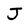
Character: J